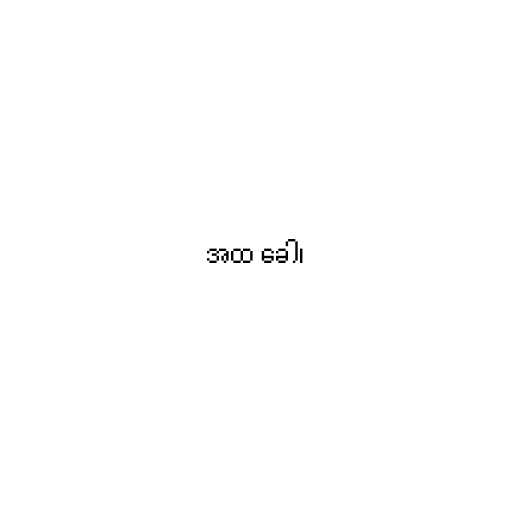
အထ ခေါ၊